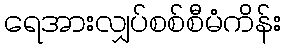
ရေအားလျှပ်စစ်စီမံကိန်း